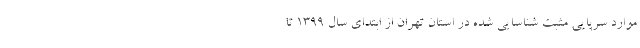
موارد سرپایی مثبت شناسایی شده در استان تهران از ابتدای سال ۱۳۹۹ تا